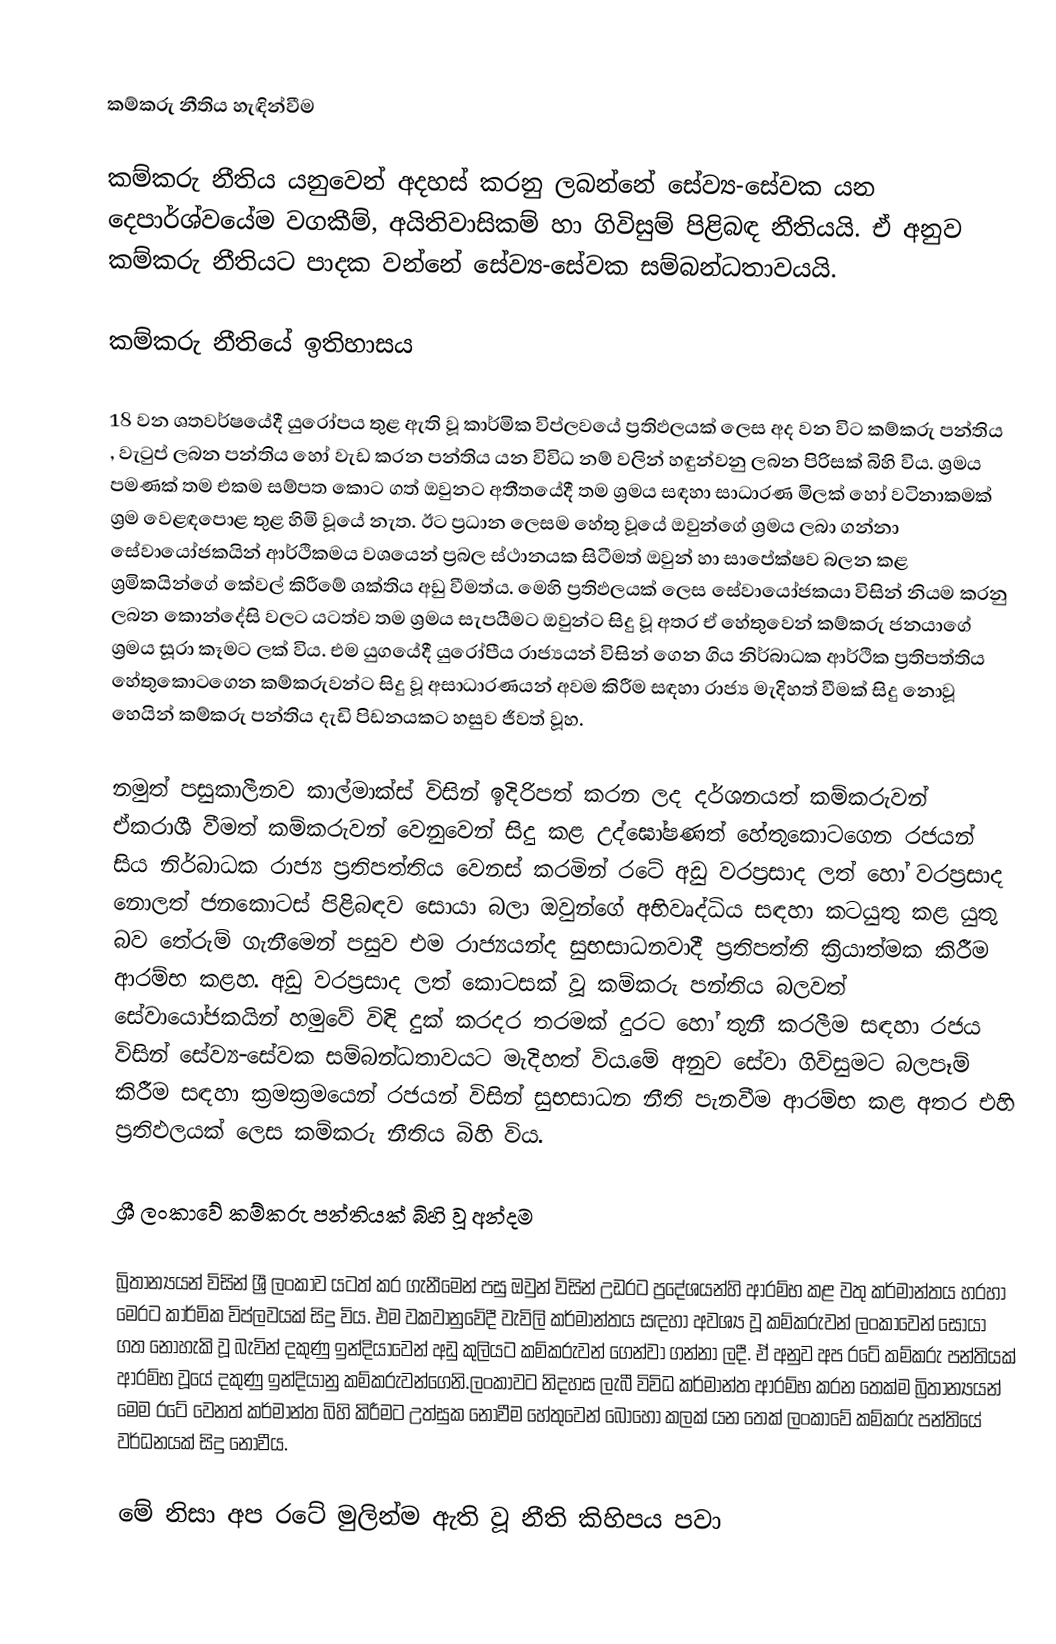

කම්කරු නීතිය හැඳින්වීම

	කම්කරු නීතිය යනුවෙන් අදහස් කරනු ලබන්නේ සේව්‍ය-සේවක යන දෙපාර්ශ්වයේම වගකීම්, අයිතිවාසිකම් හා ගිවිසුම් පිළිබඳ නීතියයි. ඒ අනුව කම්කරු නීතියට පාදක වන්නේ සේව්‍ය-සේවක සම්බන්ධතාවයයි.

කම්කරු නීතියේ ඉතිහාසය

	18 වන ශතවර්ෂයේදී යුරෝපය තුළ ඇති වූ කාර්මික විප්ලවයේ ප්‍රතිඵලයක් ලෙස අද වන විට කම්කරු පන්තිය , වැටුප් ලබන පන්තිය හෝ වැඩ කරන පන්තිය යන විවිධ නම් වලින් හඳුන්වනු ලබන පිරිසක් බිහි විය. ශ්‍රමය පමණක් තම එකම සම්පත කොට ගත් ඔවුනට අතීතයේදී තම ශ්‍රමය සඳහා සාධාරණ මිලක් හෝ වටිනාකමක් ශ්‍රම වෙළඳපොළ තුළ හිමි වූයේ නැත. ඊට ප්‍රධාන ලෙසම හේතු වූයේ ඔවුන්ගේ ශ්‍රමය ලබා ගන්නා සේවායෝජකයින් ආර්ථිකමය වශයෙන් ප්‍රබල ස්ථානයක සිටීමත් ඔවුන් හා සාපේක්ෂව බලන කළ ශ්‍රමිකයින්ගේ කේවල් කිරීමේ ශක්තිය අඩු වීමත්ය. මෙහි ප්‍රතිඵලයක් ලෙස සේවායෝජකයා විසින් නියම කරනු ලබන කොන්දේසි වලට යටත්ව තම ශ්‍රමය සැපයීමට ඔවුන්ට සිදු වූ අතර ඒ හේතුවෙන් කම්කරු ජනයාගේ ශ්‍රමය සූරා කෑමට ලක් විය. එම යුගයේදී යුරෝපීය රාජ්‍යයන් විසින් ගෙන ගිය නිර්බාධක ආර්ථික ප්‍රතිපත්තිය හේතුකොටගෙන කම්කරුවන්ට සිදු වූ අසාධාරණයන් අවම කිරීම සඳහා රාජ්‍ය මැදිහත් වීමක් සිදු නොවූ හෙයින් කම්කරු පන්තිය දැඩි පිඩනයකට හසුව ජීවත් වූහ.

	නමුත් පසුකාලීනව කාල්මාක්ස් විසින් ඉදිරිපත් කරන ලද දර්ශනයත් කම්කරුවන් ඒකරාශී වීමත් කම්කරුවන් වෙනුවෙන් සිදු කළ උද්ඝෝෂණත් හේතුකොටගෙන රජයන් සිය නිර්බාධක රාජ්‍ය ප්‍රතිපත්තිය වෙනස් කරමින් රටේ අඩු වරප්‍රසාද ලත් හෝ වරප්‍රසාද නොලත් ජනකොටස් පිළිබඳව සොයා බලා ඔවුන්ගේ අභිවෘද්ධිය සඳහා කටයුතු කළ යුතු බව තේරුම් ගැනීමෙන් පසුව එම රාජ්‍යයන්ද සුභසාධනවාදී ප්‍රතිපත්ති ක්‍රියාත්මක කිරීම ආරම්භ කළහ. අඩු වරප්‍රසාද ලත් කොටසක් වූ කම්කරු පන්තිය බලවත් සේවායෝජකයින් හමුවේ විඳි දුක් කරදර තරමක් දුරට හෝ තුනී කරලීම සඳහා රජය විසින් සේව්‍ය-සේවක සම්බන්ධතාවයට මැදිහත් විය.මේ අනුව සේවා ගිවිසුමට බලපෑම් කිරීම සඳහා ක්‍රමක්‍රමයෙන් රජයන් විසින් සුභසාධන නීති පැනවීම ආරම්භ කළ අතර එහි ප්‍රතිඵලයක් ලෙස කම්කරු නීතිය බිහි විය.

ශ්‍රී ලංකාවේ කම්කරු පන්තියක් බිහි වූ අන්දම

	බ්‍රිතාන්‍යයන් විසින් ශ්‍රී ලංකාව යටත් කර ගැනීමෙන් පසු ඔවුන් විසින් උඩරට ප්‍රදේශයන්හි ආරම්භ කළ වතු කර්මාන්තය හරහා මෙරට කාර්මික විප්ලවයක් සිදු විය. එම වකවානුවේදී වැවිලි කර්මාන්තය සඳහා අවශ්‍ය වූ කම්කරුවන් ලංකාවෙන්  සොයා ගත නොහැකි වූ බැවින් දකුණු ඉන්දියාවෙන් අඩු කුලියට කම්කරුවන් ගෙන්වා ගන්නා ලදී. ඒ අනුව අප රටේ කම්කරු පන්තියක් ආරම්භ වූයේ දකුණු ඉන්දියානු කම්කරුවන්ගෙනි.ලංකාවට නිදහස ලැබී විවිධ කර්මාන්ත ආරම්භ කරන තෙක්ම බ්‍රිතාන්‍යයන් මෙම රටේ වෙනත් කර්මාන්ත බිහි කිරීමට උත්සුක නොවීම හේතුවෙන් බොහෝ කලක් යන තෙක් ලංකාවේ කම්කරු පන්තියේ වර්ධනයක් සිදු නොවීය.

	මේ නිසා අප රටේ මුලින්ම ඇති වූ නීති කිහිපය පවා